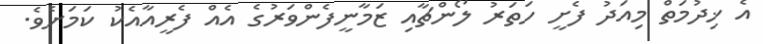
އެ ޚިދުމަތް މިއަދު ފެށީ ހަތަރު ލޯންޗާއި ޒަމާނީފެންވަރުގެ އެއް ފެރީއާއެކު ކަމަށެވެ.